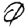
Digit: 0